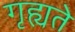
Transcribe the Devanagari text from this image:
गृह्यते